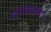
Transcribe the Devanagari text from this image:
संगीताध्याय